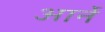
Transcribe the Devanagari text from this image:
आर्ने